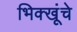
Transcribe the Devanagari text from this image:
भिक्खूंचे